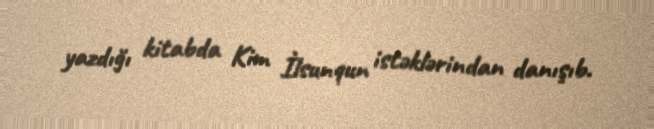
yazdığı kitabda Kim İlsunqun istəklərindan danışıb.